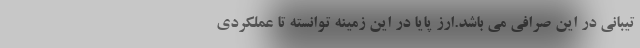
تیبانی در این صرافی می باشد.ارز پایا در این زمینه توانسته تا عملکردی